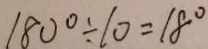
1 8 0 ^ { \circ } \div 1 0 = 1 8 ^ { \circ }